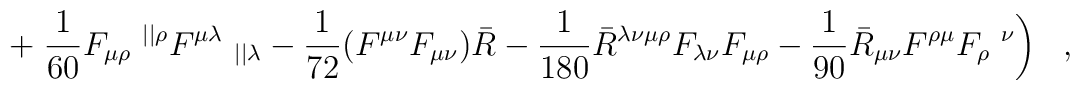
+ \left.{1 \over 60} F_{\mu\rho}~^{||\rho}F^{\mu\lambda}~_{||\lambda}-{1 \over 72} (F^{\mu\nu}F_{\mu\nu})\bar{R}-{1 \over 180}\bar{R}^{\lambda\nu\mu\rho}F_{\lambda\nu}F_{\mu\rho}-{1 \over 90}\bar{R}_{\mu\nu}F^{\rho\mu}F_{\rho}~^\nu \right)~~,